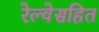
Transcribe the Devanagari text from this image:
रेल्वेसहित